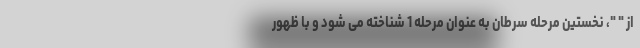
از " "، نخستین مرحله سرطان به عنوان مرحله 1 شناخته می شود و با ظهور